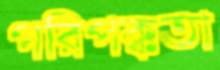
পরিপক্কতা